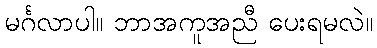
မင်္ဂလာပါ။ ဘာအကူအညီ ပေးရမလဲ။